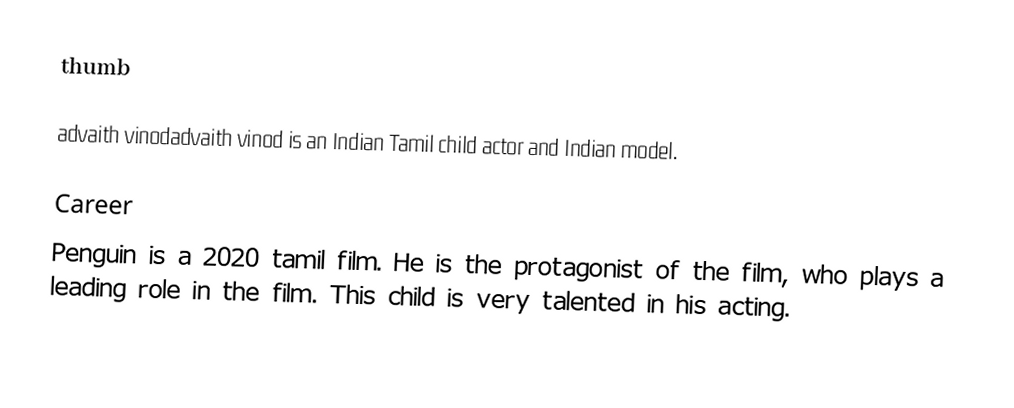
thumb

advaith vinodadvaith vinod is an Indian Tamil child actor and Indian model.

Career
Penguin is a 2020 tamil film. He is the protagonist of the film, who plays a leading role in the film. This child is very talented in his acting.